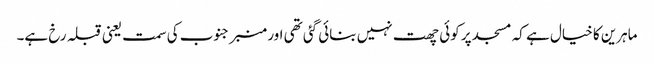
ماہرین کا خیال ہے کہ مسجد پر کوئی چھت نہیں بنائی گئی تھی اور منبر جنوب کی سمت یعنی قبلہ رخ ہے۔